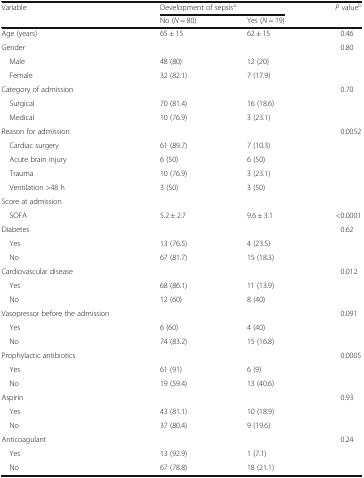
<table><thead><tr><td><b>Variable</b></td><td colspan="2"><b>Development of sepsis<sup>a</sup></b></td><td><b><i>P</i> value<sup>b</sup></b></td></tr><tr><td></td><td><b>No (<i>N</i> = 80)</b></td><td><b>Yes (<i>N</i> = 19)</b></td><td></td></tr></thead><tbody><tr><td>Age (years)</td><td>65 ± 15</td><td>62 ± 15</td><td>0.46</td></tr><tr><td>Gender</td><td></td><td></td><td>0.80</td></tr><tr><td> Male</td><td>48 (80)</td><td>12 (20)</td><td></td></tr><tr><td> Female</td><td>32 (82.1)</td><td>7 (17.9)</td><td></td></tr><tr><td>Category of admission</td><td></td><td></td><td>0.70</td></tr><tr><td> Surgical</td><td>70 (81.4)</td><td>16 (18.6)</td><td></td></tr><tr><td> Medical</td><td>10 (76.9)</td><td>3 (23.1)</td><td></td></tr><tr><td>Reason for admission</td><td></td><td></td><td>0.0052</td></tr><tr><td> Cardiac surgery</td><td>61 (89.7)</td><td>7 (10.3)</td><td></td></tr><tr><td> Acute brain injury</td><td>6 (50)</td><td>6 (50)</td><td></td></tr><tr><td> Trauma</td><td>10 (76.9)</td><td>3 (23.1)</td><td></td></tr><tr><td> Ventilation &gt;48 h</td><td>3 (50)</td><td>3 (50)</td><td></td></tr><tr><td>Score at admission</td><td></td><td></td><td></td></tr><tr><td> SOFA</td><td>5.2 ± 2.7</td><td>9.6 ± 3.1</td><td>&lt;0.0001</td></tr><tr><td>Diabetes</td><td></td><td></td><td>0.62</td></tr><tr><td> Yes</td><td>13 (76.5)</td><td>4 (23.5)</td><td></td></tr><tr><td> No</td><td>67 (81.7)</td><td>15 (18.3)</td><td></td></tr><tr><td>Cardiovascular disease</td><td></td><td></td><td>0.012</td></tr><tr><td> Yes</td><td>68 (86.1)</td><td>11 (13.9)</td><td></td></tr><tr><td> No</td><td>12 (60)</td><td>8 (40)</td><td></td></tr><tr><td>Vasopressor before the admission</td><td></td><td></td><td>0.091</td></tr><tr><td> Yes</td><td>6 (60)</td><td>4 (40)</td><td></td></tr><tr><td> No</td><td>74 (83.2)</td><td>15 (16.8)</td><td></td></tr><tr><td>Prophylactic antibiotics</td><td></td><td></td><td>0.0005</td></tr><tr><td> Yes</td><td>61 (91)</td><td>6 (9)</td><td></td></tr><tr><td> No</td><td>19 (59.4)</td><td>13 (40.6)</td><td></td></tr><tr><td>Aspirin</td><td></td><td></td><td>0.93</td></tr><tr><td> Yes</td><td>43 (81.1)</td><td>10 (18.9)</td><td></td></tr><tr><td> No</td><td>37 (80.4)</td><td>9 (19.6)</td><td></td></tr><tr><td>Anticoagulant</td><td></td><td></td><td>0.24</td></tr><tr><td> Yes</td><td>13 (92.9)</td><td>1 (7.1)</td><td></td></tr><tr><td> No</td><td>67 (78.8)</td><td>18 (21.1)</td><td></td></tr></tbody></table>